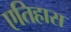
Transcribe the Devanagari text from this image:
एतिहास